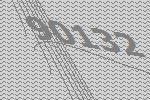
90132